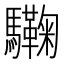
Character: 驧